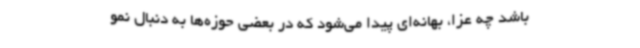
باشد چه عزا، بهانه‌ای پیدا می‌شود که در بعضی حوزه‌ها به دنبال نمو